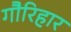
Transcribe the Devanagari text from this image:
गौरिहार